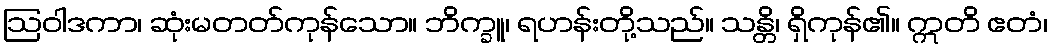
ဩဝါဒကာ၊ ဆုံးမတတ်ကုန်သော။ ဘိက္ခူ၊ ရဟန်းတို့သည်။ သန္တိ၊ ရှိကုန်၏။ ဣတိ ဧတံ၊